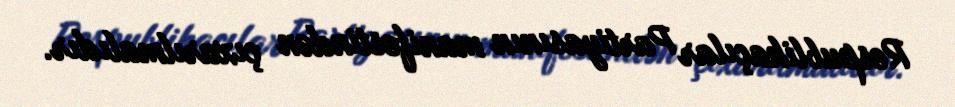
Respublikaçılar Partiyasının manifestindən çıxarılmalıdır.